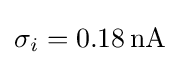
\sigma _{i}=0.18\,\mathrm {nA} \;